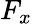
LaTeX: F_{x}